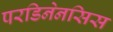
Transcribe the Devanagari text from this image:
परडिनेनसिस